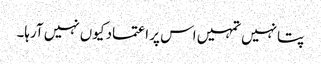
پتا نہیں تمہیں اس پر اعتماد کیوں نہیں آرہا۔